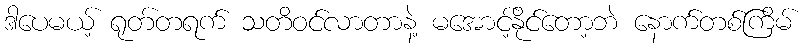
ဒါပေမယ့် ရုတ်တရက် သတိဝင်လာတာနဲ့ မအောင့်နိုင်တော့ဘဲ နောက်တစ်ကြိမ်